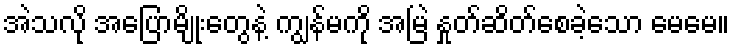
အဲသလို အပြောမျိုးတွေနဲ့ ကျွန်မကို အမြဲ နှုတ်ဆိတ်စေခဲ့သော မေမေ။